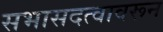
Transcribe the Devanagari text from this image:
सभासदत्वावरून